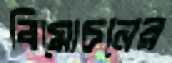
বিমোচনের